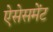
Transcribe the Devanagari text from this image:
ऐसेसमेंट